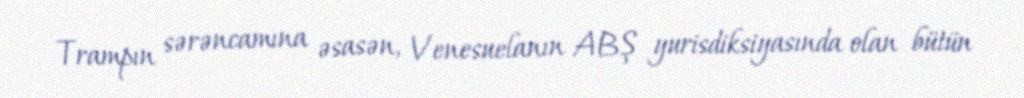
Trampın sərəncamına əsasən, Venesuelanın ABŞ yurisdiksiyasında olan bütün